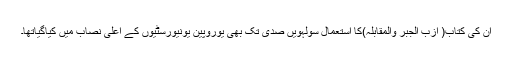
ان کی کتاب( ازب الجبر والمقابلہ)کا استعمال سولہویں صدی تک بھی یوروپین یونیورسٹیوں کے اعلی نصاب میں کیاگیاتھا۔